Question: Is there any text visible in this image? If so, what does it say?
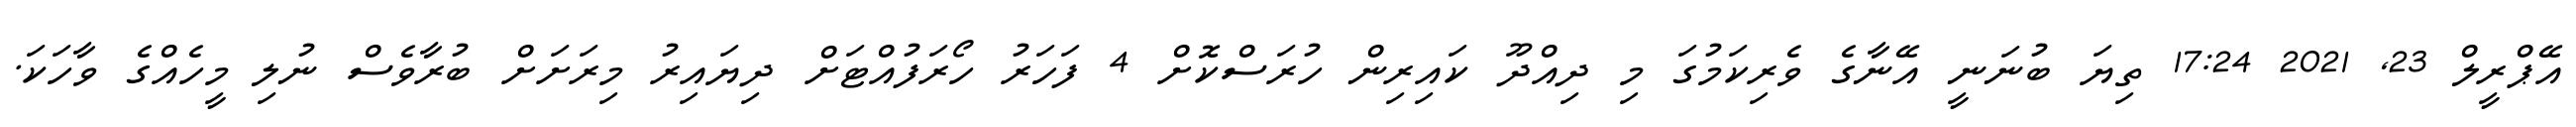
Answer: އޭޕްރީލް 23, 2021 17:24 ތިޔަ ބުނަނީ އޭނާގެ ވެރިކަމުގަ މި ދިއްދޫ ކައިރިން ހުރަސްކޮށް 4 ފަހަރު ހޯރަފުއްޓަށް ދިޔައިރު މިރަށަށް ބުރާވެސް ނުލި މީހެއްގެ ވާހަކަ.